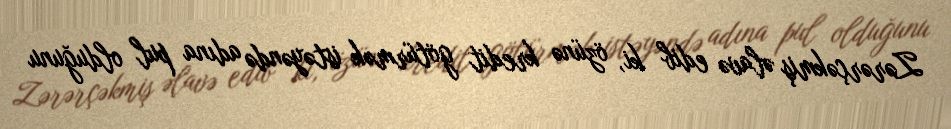
Zərərçəkmiş əlavə edib ki, özünə kredit götürmək istəyəndə adına pul olduğunu